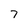
Character: 7